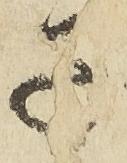
子